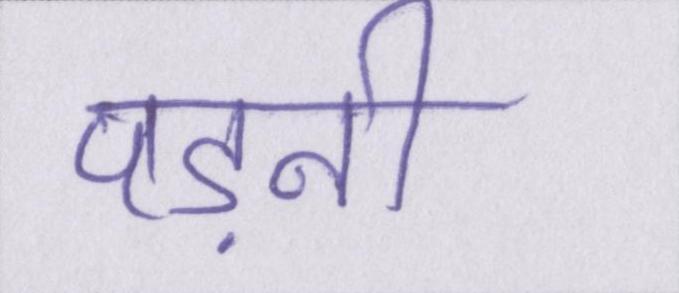
पड़नी